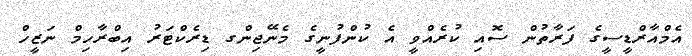
އެމްއާރްޑީސީގެ ފަރާތުން ސޮއި ކުރެއްވީ އެ ކުންފުނީގެ މެނޭޖިންގ ޑިރެކްޓަރު އިބްރާހިމް ނަޒީހް